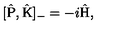
[ \hat { \mathrm { P } } , \hat { \mathrm { K } } ] _ { - } = - i \hat { \mathrm { H } } ,